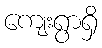
ကျေးရွာရှိ